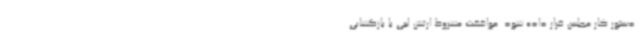
دستور کار مجلس قرار داده شود. موافقت مشروط ارتش لیبی با بازگشایی